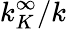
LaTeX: k_{K}^{\infty}/k